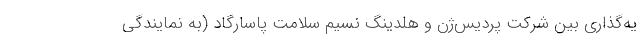
یه‌گذاری بین شركت پردیس‌ژن و هلدینگ نسیم سلامت پاسارگاد (به نمایندگی